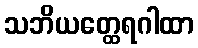
သဘိယတ္ထေရဂါထာ